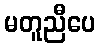
မတူညီပေ